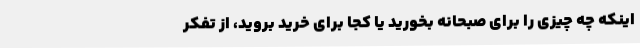
اینکه چه چیزی را برای صبحانه بخورید یا کجا برای خرید بروید، از تفکر